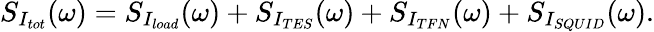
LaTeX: S_{I_{tot}}(\omega)=S_{I_{load}}(\omega)+S_{I_{TES}}(\omega)+S_{I_{TFN}}(\omega)+S_{I_{SQUID}}(\omega).